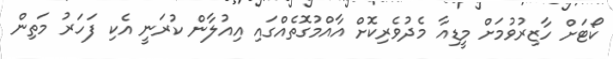
ކޯޓަށް ހާޒިރުވުމަށް މީޑިއާ މެދުވެރިކޮށް އާއްމުގޮތެއްގައި އިއުލާން ކުރަނީ އެކި ފަހަރު މަތިން